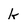
Character: k